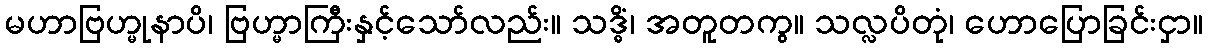
မဟာဗြဟ္မုနာပိ၊ ဗြဟ္မာကြီးနှင့်သော်လည်း။ သဒ္ဓိံ၊ အတူတကွ။ သလ္လပိတုံ၊ ဟောပြောခြင်းငှာ။